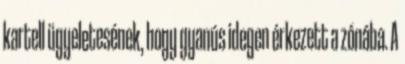
kartell ügyeletesének, hogy gyanús idegen érkezett a zónába. A